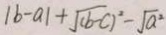
\vert b - a \vert + \sqrt { ( b - c ) ^ { 2 } } - \sqrt { a ^ { 2 } }